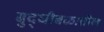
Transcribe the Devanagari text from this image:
बुद्धीबळातील